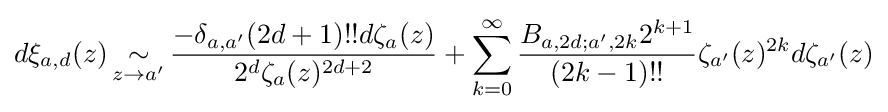
d\xi _{a,d}(z)\mathop {\sim } _{z\to a'}{\frac {-\delta _{a,a'}(2d+1)!!d\zeta _{a}(z)}{2^{d}\zeta _{a}(z)^{2d+2}}}+\sum _{k=0}^{\infty }{\frac {B_{a,2d;a',2k}2^{k+1}}{(2k-1)!!}}\zeta _{a'}(z)^{2k}d\zeta _{a'}(z)